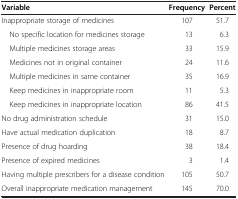
| Variable | Frequency | Percent |
 | --- | --- | --- |
 | Inappropriate storage of medicines | 107 | 51.7 |
 | No specific location for medicines storage | 13 | 6.3 |
 | Multiple medicines storage areas | 33 | 15.9 |
 | Medicines not in original container | 24 | 11.6 |
 | Multiple medicines in same container | 35 | 16.9 |
 | Keep medicines in inappropriate room | 11 | 5.3 |
 | Keep medicines in inappropriate location | 86 | 41.5 |
 | No drug administration schedule | 31 | 15.0 |
 | Have actual medication duplication | 18 | 8.7 |
 | Presence of drug hoarding | 38 | 18.4 |
 | Presence of expired medicines | 3 | 1.4 |
 | Having multiple prescribers for a disease condition | 105 | 50.7 |
 | Overall inappropriate medication management | 145 | 70.0 |